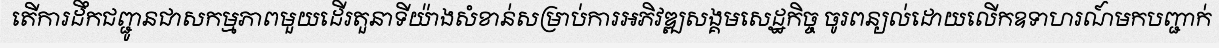
តើការដឹកជញ្ជូនជាសកម្មភាពមួយដើរតួនាទីយ៉ាងសំខាន់សម្រាប់ការអភិវឌ្ឍសង្គមសេដ្ឋកិច្ច ចូរពន្យល់ដោយលើកឧទាហរណ៍មកបញ្ជាក់